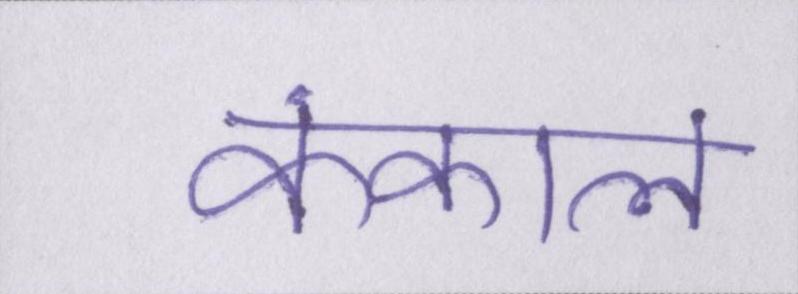
कंकाल